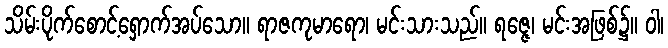
သိမ်းပိုက်စောင့်ရှောက်အပ်သော။ ရာဇကုမာရော၊ မင်းသားသည်။ ရဇ္ဇေ၊ မင်းအဖြစ်၌။ ဝါ၊